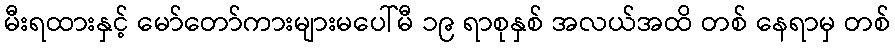
မီးရထားနှင့် မော်တော်ကားများမပေါ်မီ ၁၉ ရာစုနှစ် အလယ်အထိ တစ် နေရာမှ တစ်